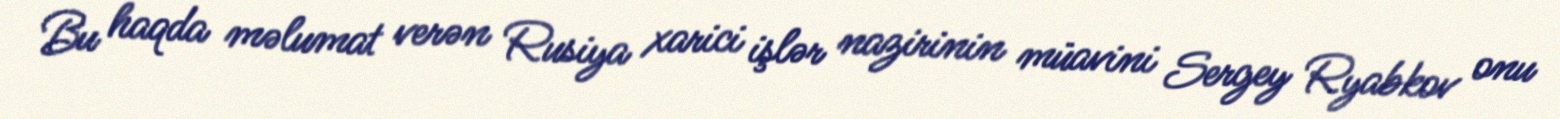
Bu haqda məlumat verən Rusiya xarici işlər nazirinin müavini Sergey Ryabkov onu